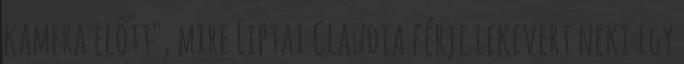
kamera előtt", mire Liptai Claudia férje lekevert neki egy